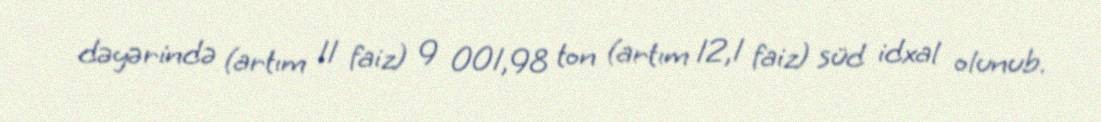
dəyərində (artım 11 faiz) 9 001,98 ton (artım 12,1 faiz) süd idxal olunub.